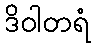
ဒိဝါတရံ